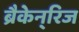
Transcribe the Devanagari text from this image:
ब्रैकेन्‌रिज